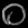
Digit: ၀